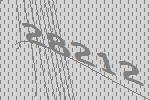
28212